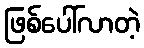
ဖြစ်ပေါ်လာတဲ့